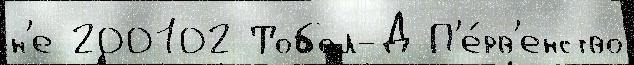
н'е 200102 Тобол-Д П'е́рв'енство